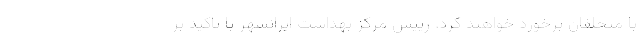
با متخلفان برخورد خواهند کرد. رییس مرکز بهداشت ایرانشهر با تاکید بر